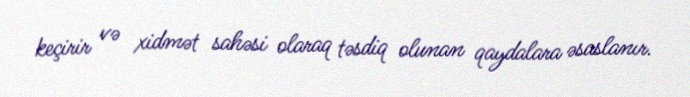
keçirir və xidmət sahəsi olaraq təsdiq olunan qaydalara əsaslanır.